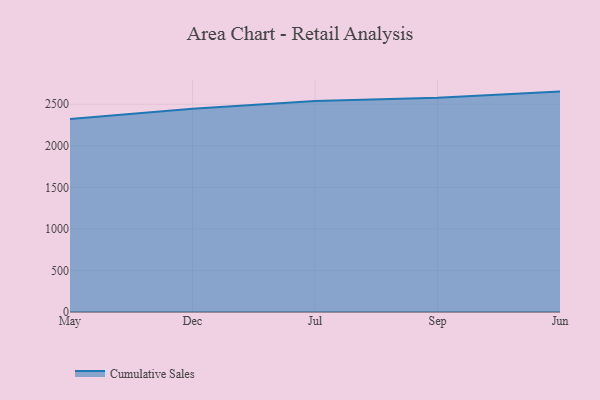
{"axis": {"x": "Month", "y": "Humidity (%)"}, "legend": ["Cumulative Sales"], "data": [{"x": "May", "y": 2323.1, "type": "Cumulative Sales"}, {"x": "Dec", "y": 2445.2, "type": "Cumulative Sales"}, {"x": "Jul", "y": 2538.9, "type": "Cumulative Sales"}, {"x": "Sep", "y": 2578.0, "type": "Cumulative Sales"}, {"x": "Jun", "y": 2652.0, "type": "Cumulative Sales"}]}